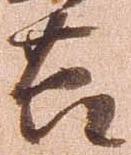
節